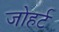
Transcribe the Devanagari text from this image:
जोहर्ट